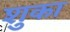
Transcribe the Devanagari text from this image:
शुका